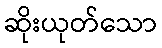
ဆိုးယုတ်သော